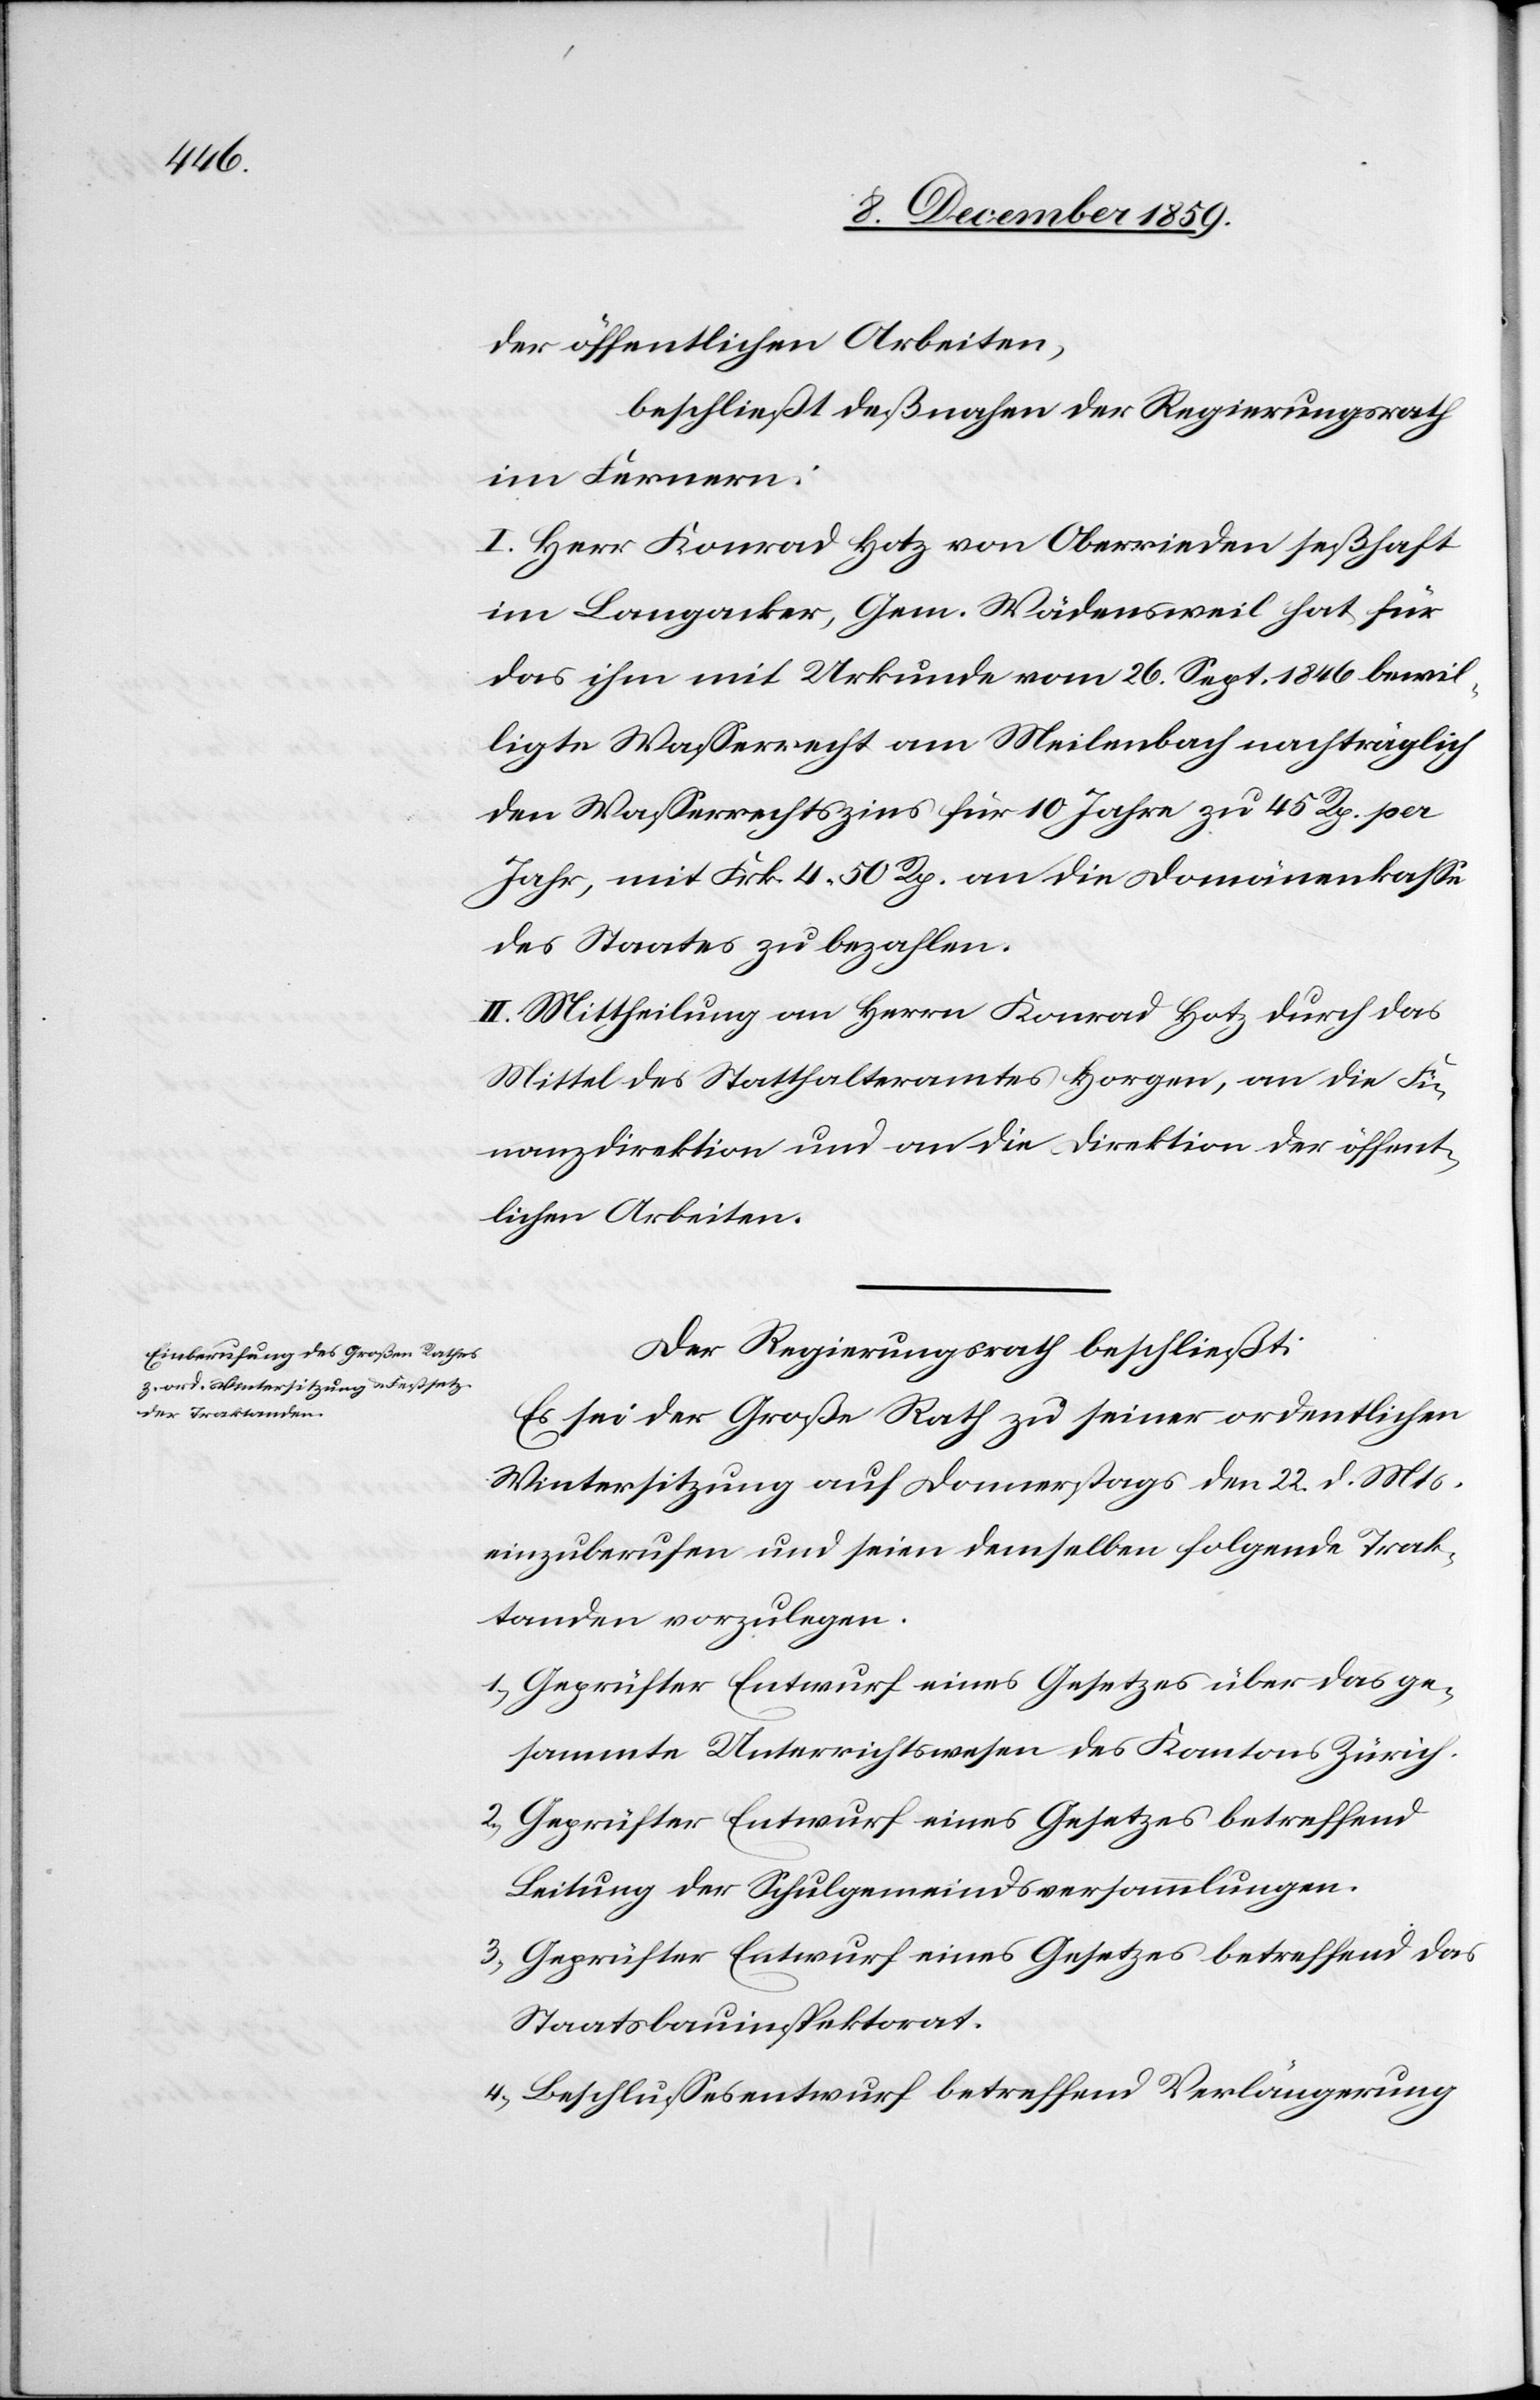
der öffentlichen Arbeiten,
beschließt deßnahen der Regierungsrath
im Fernern:
I. Herr Konrad Hotz von Oberrieden seßhaft
im Langacker, Gem. Wädensweil hat für
das ihm mit Urkunde vom 26. Sept. 1846 bewil¬
ligte Wasserrecht am Meilenbach nachträglich
den Wasserrechtszins für 10 Jahre zu 45 Rp. per
Jahr, mit Frk 4 50 Rp. an die Domänenkasse
des Staates zu bezahlen.
II. Mittheilung an Herrn Konrad Hotz durch das
Mittel des Statthalteramtes Horgen, an die Fi¬
nanzdirektion und an die Direktion der öffent¬
lichen Arbeiten.
Der Regierungsrath beschließt:
Es sei der Große Rath zu seiner ordentlichen
Wintersitzung auf Donnerstags den 22. d. Mts.
einzuberufen und seien demselben folgende Trak¬
tanden vorzulegen.
1) Geprüfter Entwurf eines Gesetzes über das ge¬
sammte Unterrichtswesen des Kantons Zürich.
2) Geprüfter Entwurf eines Gesetzes betreffend
Leitung der Schulgemeindsversammlungen.
3) Geprüfter Entwurf eines Gesetzes betreffend das
Staatsbauinspektorat.
4) Beschlussesentwurf betreffend Verlängerung